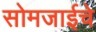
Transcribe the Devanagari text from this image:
सोमजाईचे